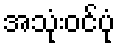
အသုံးဝင်ပုံ